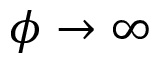
\phi \rightarrow \infty